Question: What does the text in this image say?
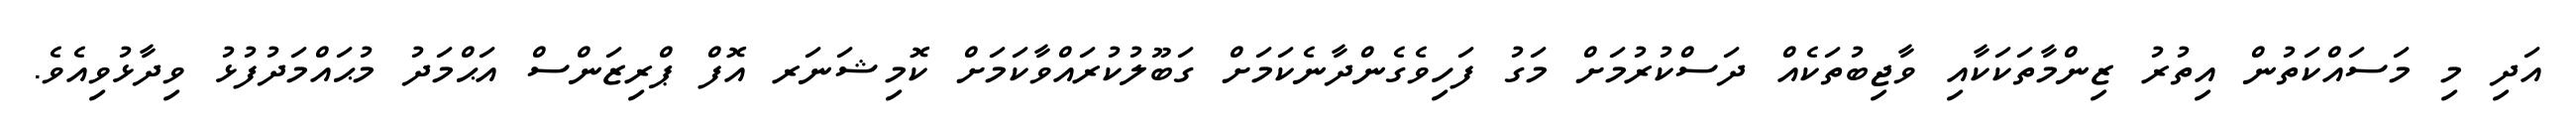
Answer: އަދި މި މަސައްކަތުން އިތުރު ޒިންމާތަކަކާއި ވާޖިބުތަކެއް ދަސްކުރުމަށް މަގު ފަހިވެގެންދާނެކަމަށް ގަބޫލުކުރައްވާކަމަށް ކޮމިޝަނަރ އޮފް ޕްރިޒަންސް އަޙްމަދު މުޙައްމަދުފުޅު ވިދާޅުވިއެވެ.